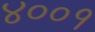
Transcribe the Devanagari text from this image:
४००१